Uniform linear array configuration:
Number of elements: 64
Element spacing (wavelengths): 0.25
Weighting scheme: exponential
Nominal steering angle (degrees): -30
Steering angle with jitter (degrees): -31.814
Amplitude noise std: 0.05
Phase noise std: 0.05

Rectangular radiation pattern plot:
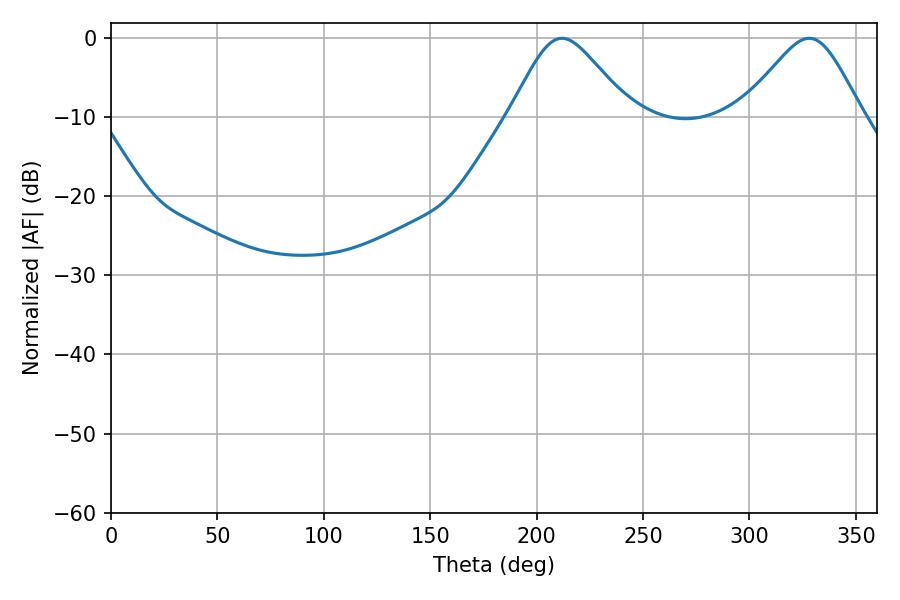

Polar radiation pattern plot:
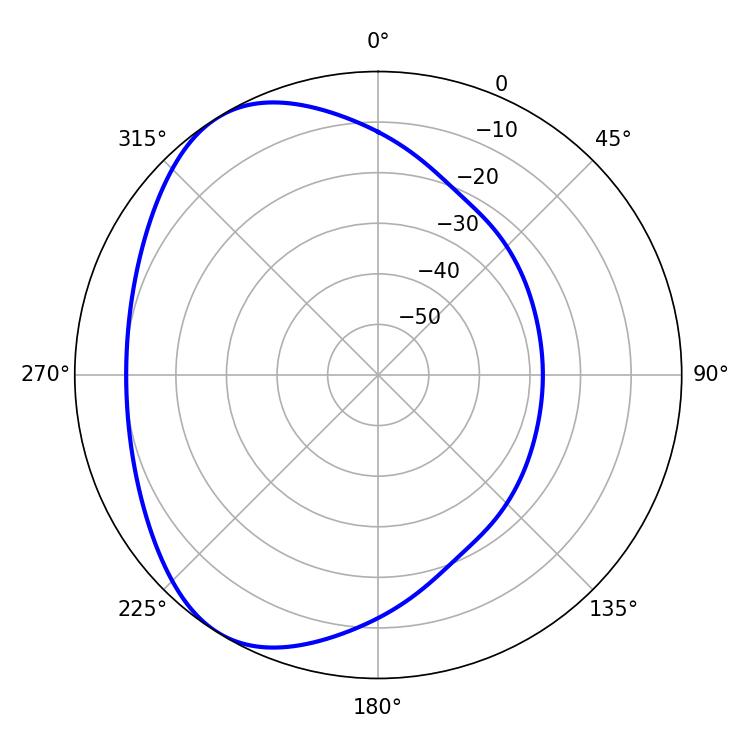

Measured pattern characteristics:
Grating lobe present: FALSE
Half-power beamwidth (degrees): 27.72
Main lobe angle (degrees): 211.86